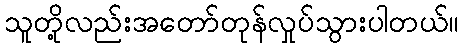
သူတို့လည်းအတော်တုန်လှုပ်သွားပါတယ်။